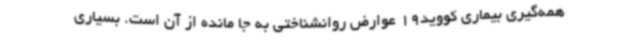
همه‌گیری بیماری کووید19 عوارض روانشناختی به جا مانده از آن است. بسیاری